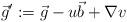
LaTeX: \begin{align*}\vec g':=\vec g - u \vec b+ \nabla v\end{align*}